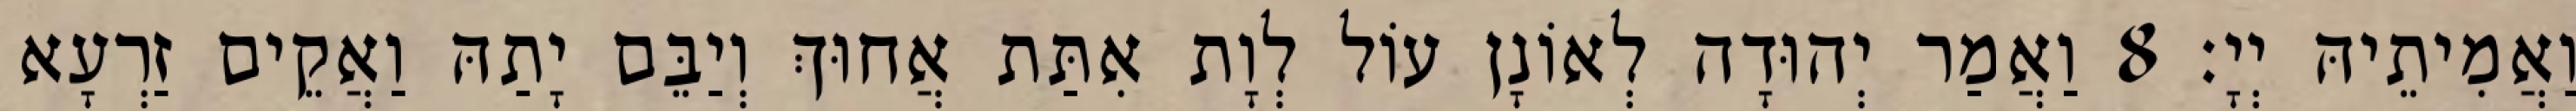
וַאֲמִיתֵיהּ יְיָ׃ 8 וַאֲמַר יְהוּדָה לְאוֹנָן עוֹל לְוָת אִתַּת אֲחוּךְ וְיַבֵּם יָתַהּ וַאֲקֵים זַרְעָא